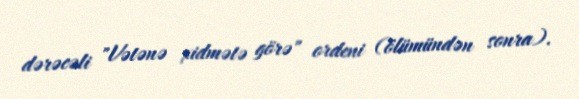
dərəcəli "Vətənə xidmətə görə" ordeni (ölümündən sonra).